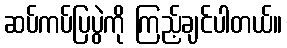
ဆပ်ကပ်ပြပွဲကို ကြည့်ချင်ပါတယ်။